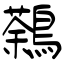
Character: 鷋